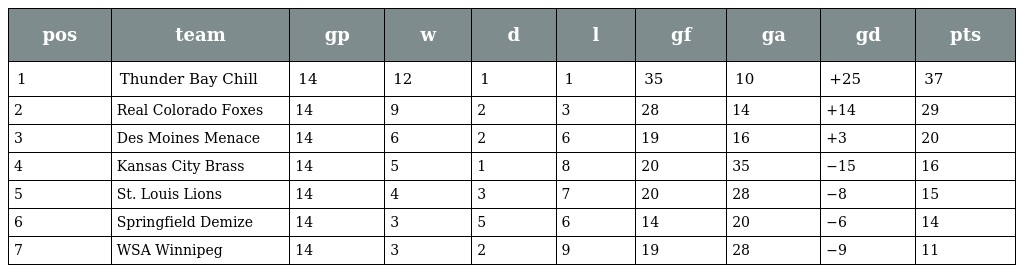
| pos | team | gp | w | d | l | gf | ga | gd | pts |
 | --- | --- | --- | --- | --- | --- | --- | --- | --- | --- |
 | 1 | Thunder Bay Chill | 14 | 12 | 1 | 1 | 35 | 10 | +25 | 37 |
 | 2 | Real Colorado Foxes | 14 | 9 | 2 | 3 | 28 | 14 | +14 | 29 |
 | 3 | Des Moines Menace | 14 | 6 | 2 | 6 | 19 | 16 | +3 | 20 |
 | 4 | Kansas City Brass | 14 | 5 | 1 | 8 | 20 | 35 | −15 | 16 |
 | 5 | St. Louis Lions | 14 | 4 | 3 | 7 | 20 | 28 | −8 | 15 |
 | 6 | Springfield Demize | 14 | 3 | 5 | 6 | 14 | 20 | −6 | 14 |
 | 7 | WSA Winnipeg | 14 | 3 | 2 | 9 | 19 | 28 | −9 | 11 |